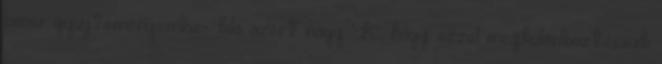
lamer gyujtemenyembe:- kilo azert nagy 'K', hogy ezzel megkulonboztessuk